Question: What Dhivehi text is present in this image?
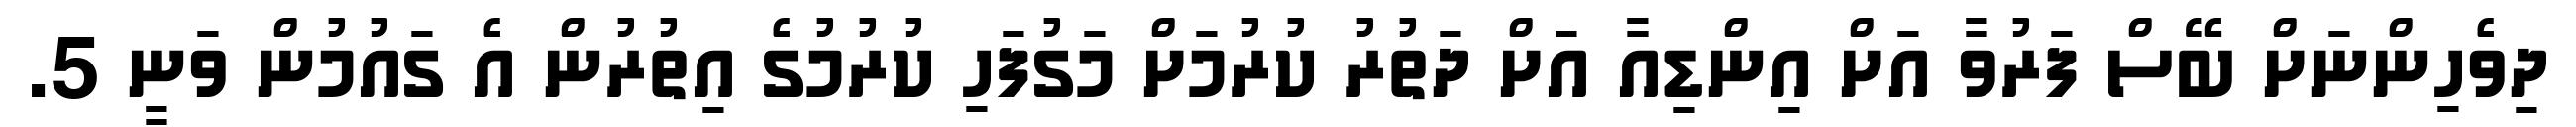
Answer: ދިވެހިންނަށް ބޭސް ފަރުވާ އަށް އިންޑިއާ އަށް ދަތުރު ކުރުމަށް މަގުފަހި ކުރުމުގެ އިތުރުން އެ ގައުމުން ވަނީ 5.